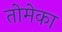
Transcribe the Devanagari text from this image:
तोमेका